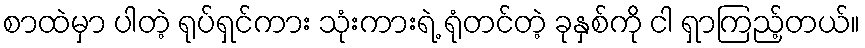
စာထဲမှာ ပါတဲ့ ရုပ်ရှင်ကား သုံးကားရဲ့ ရုံတင်တဲ့ ခုနှစ်ကို ငါ ရှာကြည့်တယ်။